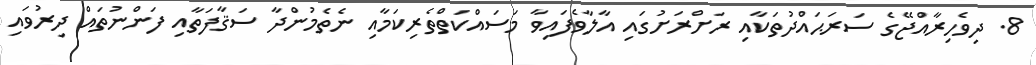
8. ދިވެހިރާއްޖޭގެ ސަރަޙައްދުތަކާއި ރަށްރަށުގައި އާލާވެފައިވާ މަސައްކަތްތެރިކަމާއި ނެތެމުންދާ ސަޤާފަތާއި ފަންނުތައް ދިރުވައި